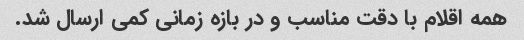
همه اقلام با دقت مناسب و در بازه زمانی کمی ارسال شد.